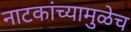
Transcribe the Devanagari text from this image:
नाटकांच्यामुळेच